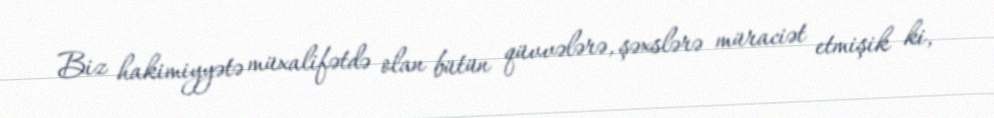
Biz hakimiyyətə müxalifətdə olan bütün qüvvələrə, şəxslərə müraciət etmişik ki,